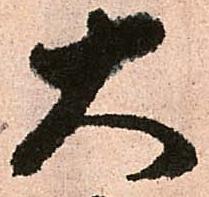
大